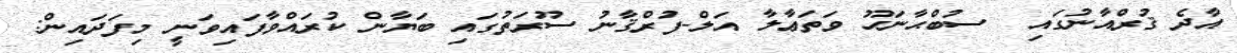
އާދެ ޤުރްއާނުގައި  ސުބްޙާނަހޫ ވަތަޢާލާ އަލް-ފުރްޤާނު ސޫރަތުގައި ބަޔާން ކުރައްވާފައިވަނީ މިފަދައިން: